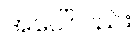
အပေါ်လည်း